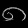
Digit: ၈